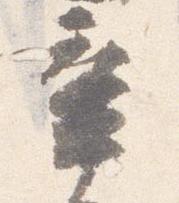
辛